Scottish Leaving Certificate Examination, 1958
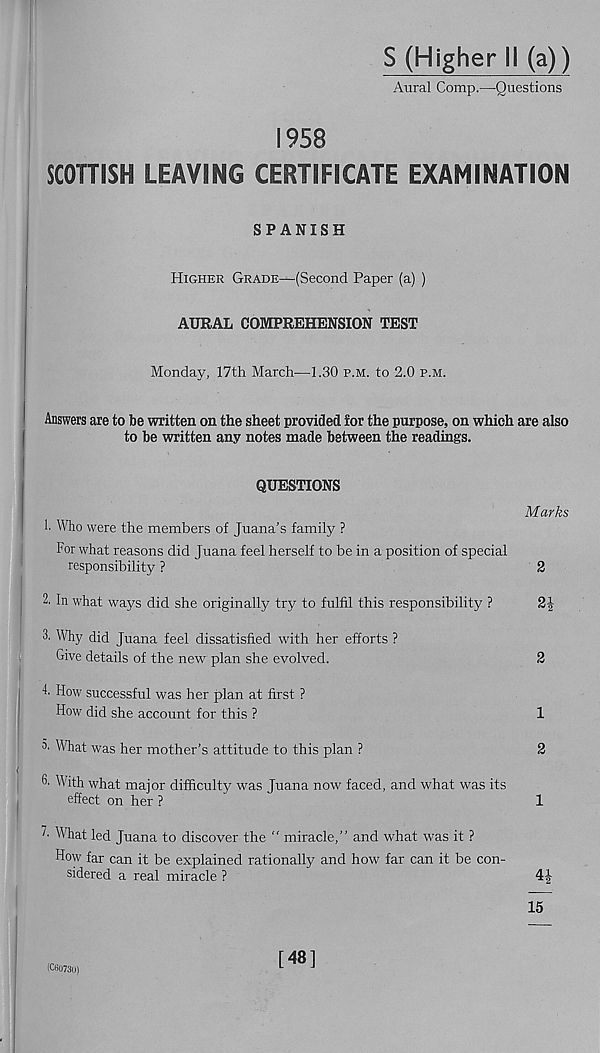
:
S (Higher II (a))
Aural Comp.—Questions
1958
SCOTTISH LEAVING CERTIFICATE EXAMINATION
SPANISH
Higher Grade—(Second Paper (a) )
AURAL COMPREHENSION TEST
Monday, 17th March—1.30 p.m. to 2.0 p.m.
Answers are to be written on the sheet provided for the purpose, on which are also
to be written any notes made between the readings.
QUESTIONS
Marks
1. Who were the members of Juana’s family ?
For what reasons did Juana feel herself to be in a position of special
responsibility ?
2
2. In what ways did she originally try to fulfil this responsibility ?
2J
3. Why did Juana feel dissatisfied with her efforts ?
Give details of the new plan she evolved.
2
4. How successful was her plan at first ?
How did she account for this ?
1
3. What was her mother’s attitude to this plan ?
2
F With what major difficulty was Juana now faced, and what was its
effect on her ?
1
What led Juana to discover the " miracle,” and what was it ?
How far can it be explained rationally and how far can it be con-
sidered a real miracle ?
4J
15
(C8U730)
[48]